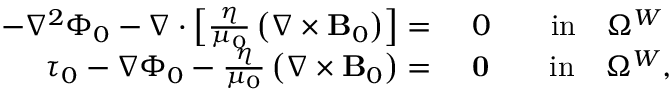
\begin{array} { r l } { - \nabla ^ { 2 } \Phi _ { 0 } - \nabla \cdot \left[ \frac { \eta } { \mu _ { 0 } } \left( \nabla \times { \mathbf B _ { 0 } } \right) \right] = } & { ~ 0 \qquad \mathrm { i n } \quad \Omega ^ { W } } \\ { \boldsymbol { \tau } _ { 0 } - \nabla \Phi _ { 0 } - \frac { \eta } { \mu _ { 0 } } \left( \nabla \times { \mathbf B _ { 0 } } \right) = } & { ~ \mathbf { 0 } \qquad \mathrm { i n } \quad \Omega ^ { W } , } \end{array}